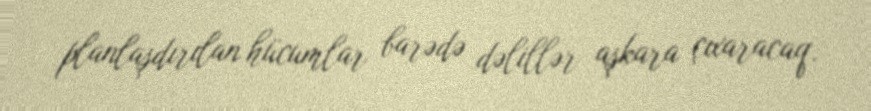
planlaşdırılan hücumlar barədə dəlillər aşkara çıxaracaq.